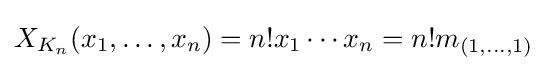
X_{K_{n}}(x_{1},\ldots ,x_{n})=n!x_{1}\cdots x_{n}=n!m_{(1,\ldots ,1)}